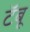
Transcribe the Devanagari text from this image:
टॅबू